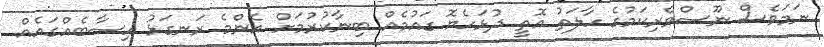
ނަމަވެސް ނޫސްވެރިކަމުގެ ހާލަތު އޮތީ ދުޅަހެޔޮ ގައުމެއް ބިނާކުރުމަށް އެންމެ ރަނގަޅު ހިސާބެއްގައެއް